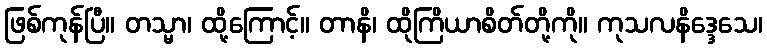
ဖြစ်ကုန်ပြီ။ တသ္မာ၊ ထို့ကြောင့်။ တာနိ၊ ထိုကြိယာစိတ်တို့ကို။ ကုသလနိဒ္ဒေသေ၊